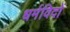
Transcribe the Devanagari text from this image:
धर्मविदों